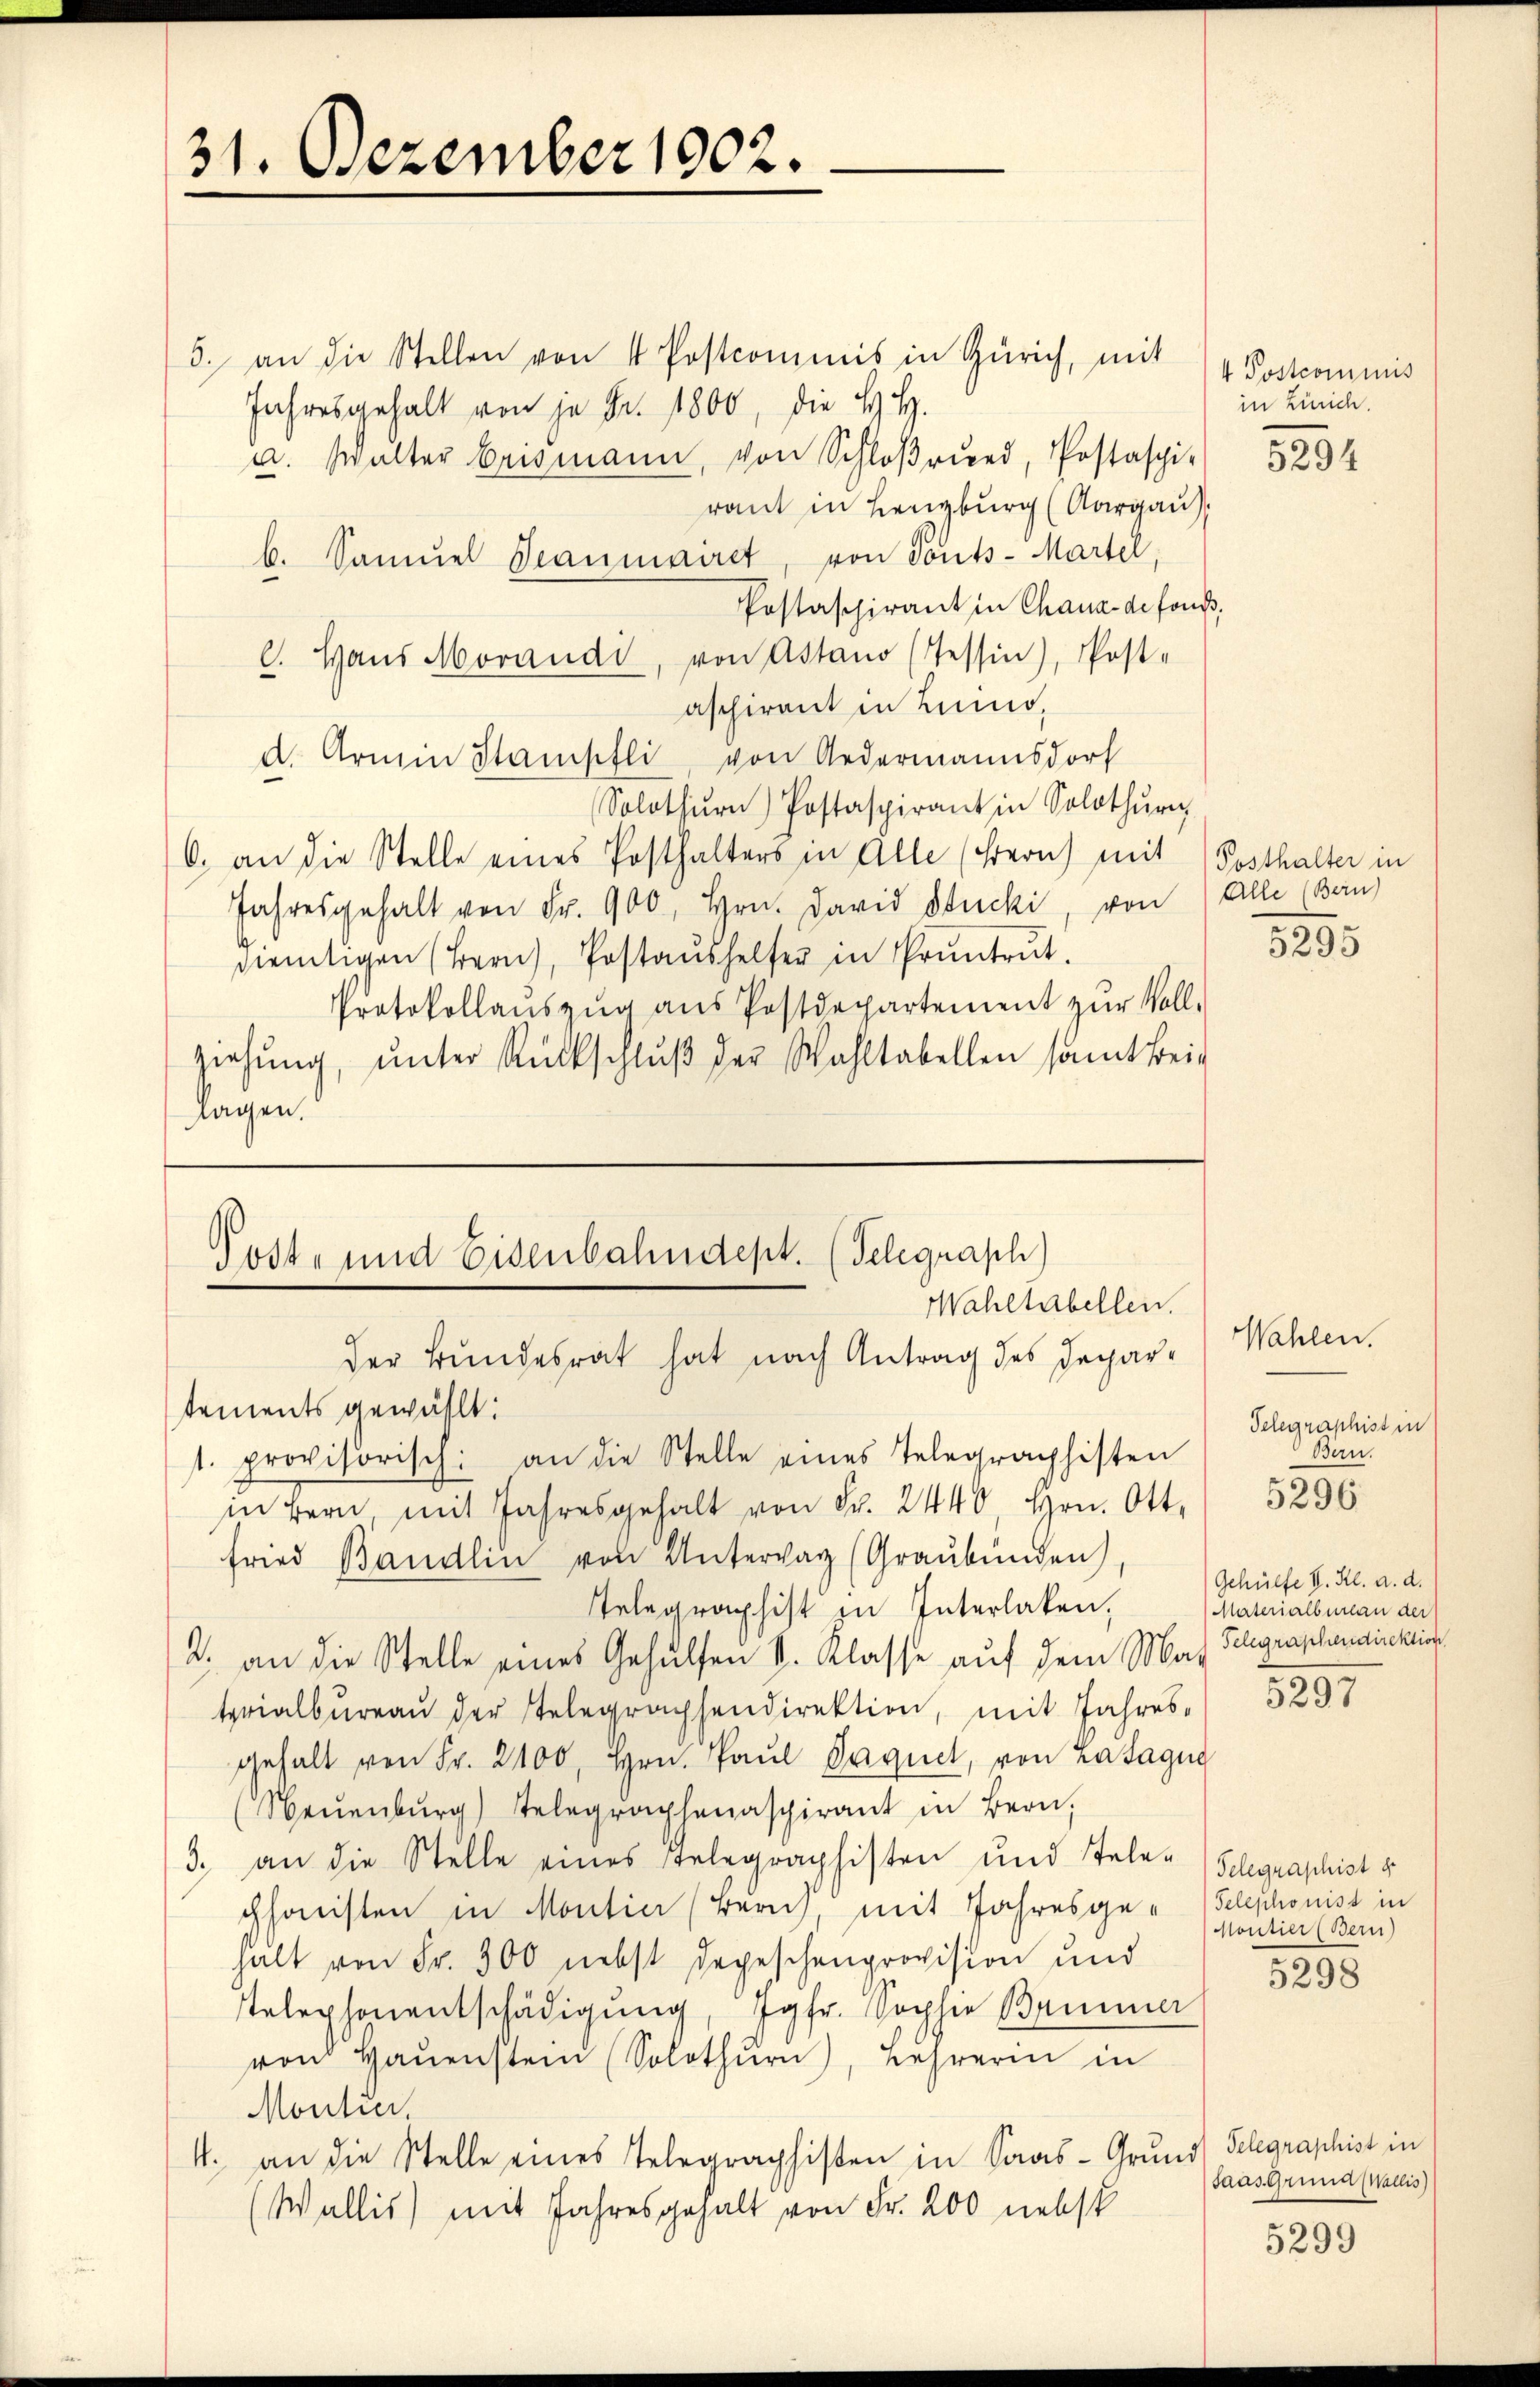
31. Dezember 1902.

5. an die Stellen von 4 Postcommis in Zürich, mit
Jahresgehalt von je Fr. 1800, die H. H.
u. Walter Erismann, von Schloß, Postaspi-
raut in Lenzburg (Aargau
b. Samuel Staumairet, von Tonts-Martel,
Postaspirant in Chaux-defons,
C. Haus Morandi, von Astano (Tessin), Post-
aschirent in Limo,
u. Armin Stampfli, von Gedermannsdorf
Solothŭrn) Postaspirant in Solothŭrn
6. an die Stelle eines Posthalters in Alle (Frern) mit Posthalter in
Jahresgehalt von Fr. 900, Hrn. David Stucki, von Alle (Bern
dientigen (Bern, Postaŭshelfer in Pruntrŭt.
Protokollaŭszŭg ans Postdepartement zŭr Voll-
ziehung, unter Rückschlŭβ der Wahltabellen samt Bei-
lagen.

Post- und Eisenbahndept. (Telegraph
Wahltabellen.
der Bundesrat hat nach Antrag des Depar¬

4 Postcommis
in Zürich.

tements gewählt:
t. provisorisch: an die Stelle eines Telegraphisten
in Bern mit Jahresgehalt von Fr. 2440 hrn. Ott.
fried Bändlin von Untervar (Graubünden)
Telegraphist in Interlaken,
2. an die Stelle eines Gehülfen v. Klasse auf dem Mar
terialbüreaŭ der Telegraphendirektion, mit Jahres-
gehalt von Fr. 2100, Hrn. Paul Paquet, von Latague
(Neŭenbŭrg) Telegraphenaspirant in Bern,
3. an die Stelle eines Telegraphisten und Tele- (Schgraphist d
phonisten in Montier (Zürich, mit Jahresge-Telephonist in
halt von Fr. 300 nebst Depeschenprovision und
Telephonentschädigŭng, Jgfr. Sophie Brunner
von Haŭenstein (Solothŭrn), Lehrerin in
Montier.
4. an die Stelle eines Telegraphisten in Saas-Grund Gelegraphist in
Wallis) mit Jahresgehalt von Fr. 200 nebst

5294

385

Wahlen.
Telegraphist in
Bern.

5296

Gehülfe I. Kl. a. d.
Materialbureau der
Telegraphendirektion

5291

Moutier (Bern)

5298

(Saas Grund Wallis)

5299